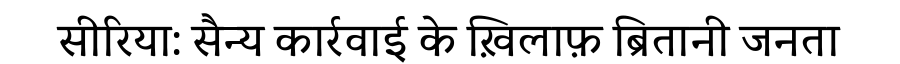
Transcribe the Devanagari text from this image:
सीरिया: सैन्य कार्रवाई के ख़िलाफ़ ब्रितानी जनता